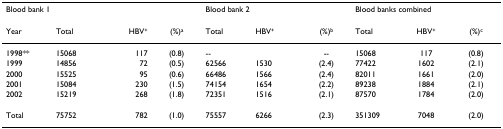
<table><thead><tr><td colspan="4"><b>Blood bank 1</b></td><td colspan="3"><b>Blood bank 2</b></td><td colspan="3"><b>Blood banks combined</b></td></tr><tr><td><b>Year</b></td><td><b>Total</b></td><td><b>HBV<sup>+</sup></b></td><td><b>(%)<sup>a</sup></b></td><td><b>Total</b></td><td><b>HBV<sup>+</sup></b></td><td><b>(%)<sup>b</sup></b></td><td><b>Total</b></td><td><b>HBV<sup>+</sup></b></td><td><b>(%)<sup>c</sup></b></td></tr></thead><tbody><tr><td>1998**</td><td>15068</td><td>117</td><td>(0.8)</td><td>--</td><td></td><td>--</td><td>15068</td><td>117</td><td>(0.8)</td></tr><tr><td>1999</td><td>14856</td><td>72</td><td>(0.5)</td><td>62566</td><td>1530</td><td>(2.4)</td><td>77422</td><td>1602</td><td>(2.1)</td></tr><tr><td>2000</td><td>15525</td><td>95</td><td>(0.6)</td><td>66486</td><td>1566</td><td>(2.4)</td><td>82011</td><td>1661</td><td>(2.0)</td></tr><tr><td>2001</td><td>15084</td><td>230</td><td>(1.5)</td><td>74154</td><td>1654</td><td>(2.2)</td><td>89238</td><td>1884</td><td>(2.1)</td></tr><tr><td>2002</td><td>15219</td><td>268</td><td>(1.8)</td><td>72351</td><td>1516</td><td>(2.1)</td><td>87570</td><td>1784</td><td>(2.0)</td></tr><tr><td>Total</td><td>75752</td><td>782</td><td>(1.0)</td><td>75557</td><td>6266</td><td>(2.3)</td><td>351309</td><td>7048</td><td>(2.0)</td></tr></tbody></table>